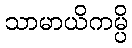
သာမာယိကမ္ပိ